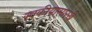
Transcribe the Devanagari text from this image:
स्वकीयासारखे